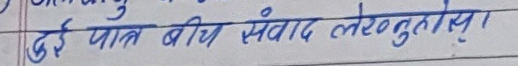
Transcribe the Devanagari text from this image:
दुई पात बिच संवाद लेख्नुहोला ।